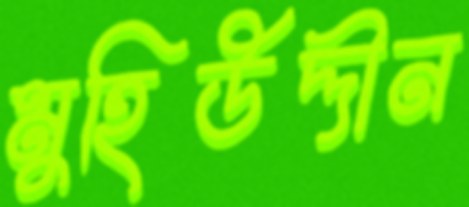
মুহিউদ্দীন